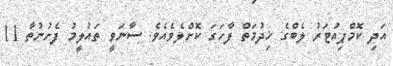
އަދި ކޮމްޕިއުޓަރު ލެބްގެ ޚިދުމަތް ފާހަގަ ކޮށްލެވެއެވެ. ސާނަވީ ތައުލީމު ފެށުނުތާ 11